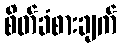
စိတ်ခံစားချက်